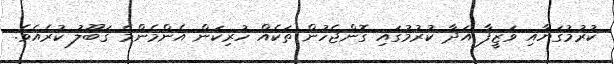
ކުރުމުގަޔާއި ވަޒީފާ އަދާ ކުރުމުގައި ގޮންޖެހުން ތަކެއް ހުރިކަން އެންމެންމެ ޤަބޫލު ކުރެއެވެ.